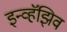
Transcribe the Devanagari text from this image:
इन्व्हॅझिव